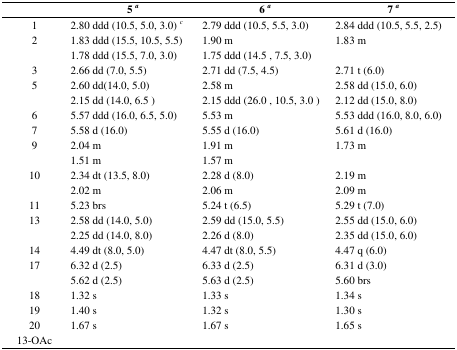
<table><thead><tr><td></td><td><b>5<i><sup>a</sup></i></b></td><td><b>6<i><sup>a</sup></i></b></td><td><b>7<i><sup>a</sup></i></b></td></tr></thead><tbody><tr><td>1</td><td>2.80 ddd (10.5, 5.0, 3.0) <i><sup>c</sup></i></td><td>2.79 ddd (10.5, 5.5, 3.0)</td><td>2.84 ddd (10.5, 5.5, 2.5)</td></tr><tr><td rowspan="2">2</td><td>1.83 ddd (15.5, 10.5, 5.5)</td><td>1.90 m</td><td>1.83 m</td></tr><tr><td>1.78 ddd (15.5, 7.0, 3.0)</td><td>1.75 ddd (14.5, 7.5, 3.0)</td><td></td></tr><tr><td>3</td><td>2.66 dd (7.0, 5.5)</td><td>2.71 dd (7.5, 4.5)</td><td>2.71 t (6.0)</td></tr><tr><td rowspan="2">5</td><td>2.60 dd(14.0, 5.0)</td><td>2.58 m</td><td>2.58 dd (15.0, 6.0)</td></tr><tr><td>2.15 dd (14.0, 6.5)</td><td>2.15 ddd (26.0, 10.5, 3.0)</td><td>2.12 dd (15.0, 8.0)</td></tr><tr><td>6</td><td>5.57 ddd (16.0, 6.5, 5.0)</td><td>5.53 m</td><td>5.53 ddd (16.0, 8.0, 6.0)</td></tr><tr><td>7</td><td>5.58 d (16.0)</td><td>5.55 d (16.0)</td><td>5.61 d (16.0)</td></tr><tr><td rowspan="2">9</td><td>2.04 m</td><td>1.91 m</td><td>1.73 m</td></tr><tr><td>1.51 m</td><td>1.57 m</td><td></td></tr><tr><td rowspan="2">10</td><td>2.34 dt (13.5, 8.0)</td><td>2.28 d (8.0)</td><td>2.19 m</td></tr><tr><td>2.02 m</td><td>2.06 m</td><td>2.09 m</td></tr><tr><td>11</td><td>5.23 brs</td><td>5.24 t (6.5)</td><td>5.29 t (7.0)</td></tr><tr><td rowspan="2">13</td><td>2.58 dd (14.0, 5.0)</td><td>2.59 dd (15.0, 5.5)</td><td>2.55 dd (15.0, 6.0)</td></tr><tr><td>2.25 dd (14.0, 8.0)</td><td>2.26 d (8.0)</td><td>2.35 dd (15.0, 6.0)</td></tr><tr><td>14</td><td>4.49 dt (8.0, 5.0)</td><td>4.47 dt (8.0, 5.5)</td><td>4.47 q (6.0)</td></tr><tr><td rowspan="2">17</td><td>6.32 d (2.5)</td><td>6.33 d (2.5)</td><td>6.31 d (3.0)</td></tr><tr><td>5.62 d (2.5)</td><td>5.63 d (2.5)</td><td>5.60 brs</td></tr><tr><td>18</td><td>1.32 s</td><td>1.33 s</td><td>1.34 s</td></tr><tr><td>19</td><td>1.40 s</td><td>1.32 s</td><td>1.30 s</td></tr><tr><td>20</td><td>1.67 s</td><td>1.67 s</td><td>1.65 s</td></tr><tr><td>13-OAc</td><td></td><td></td><td></td></tr></tbody></table>